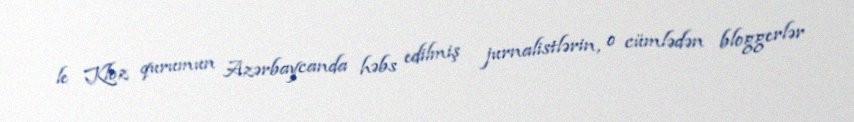
le Kloz qurumun Azərbaycanda həbs edilmiş jurnalistlərin, o cümlədən bloggerlər